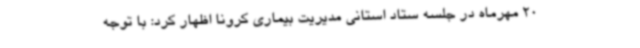
20 مهرماه در جلسه ستاد استانی مدیریت بیماری کرونا اظهار کرد: با توجه